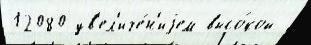
12080 ув'ел'иче́н'иjем высо́кой